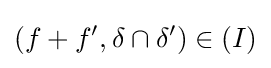
(f+f',\delta \cap \delta ')\in (I)